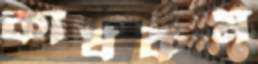
কার্যকম